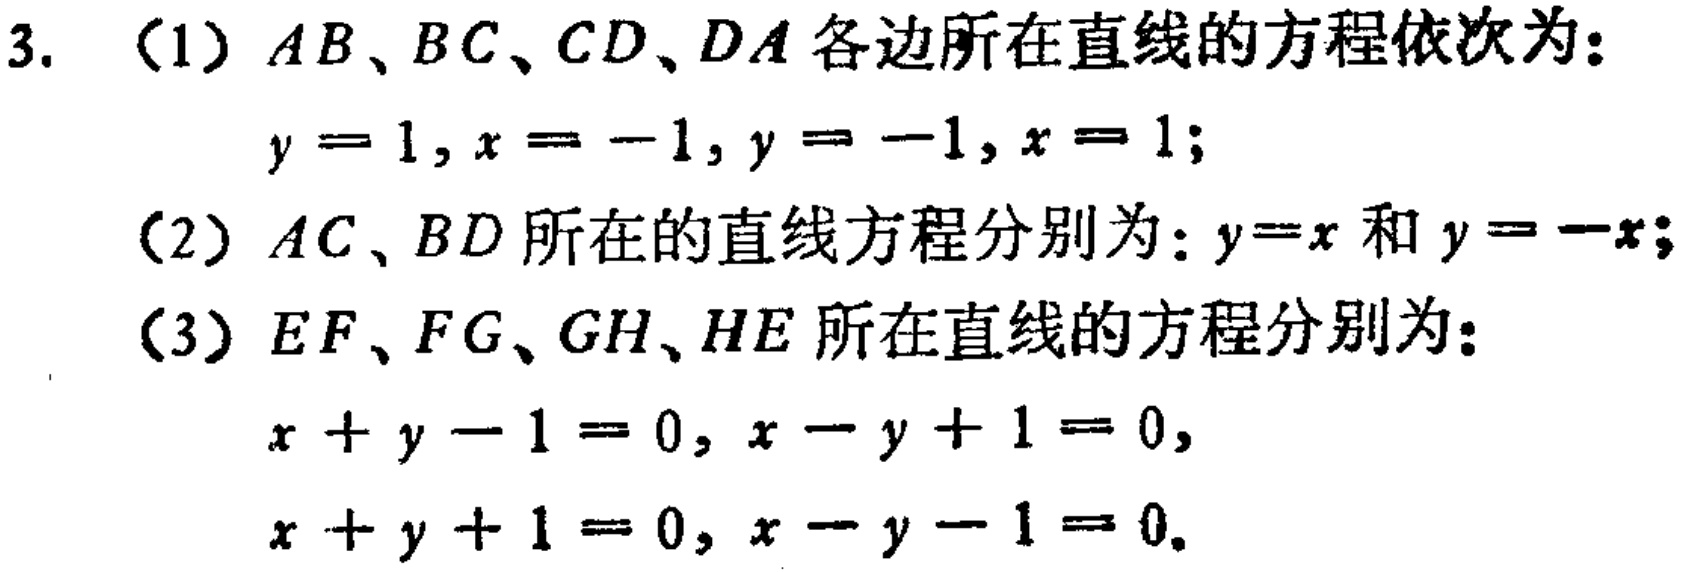
3. （1）$AB、BC、CD、DA$各边所在直线的方程依次为：
   \(y = 1, x = -1, y = -1, x = 1\);
（2）\(AC、BD\)所在的直线方程分别为：\(y=x\)和\(y = -x\);
（3）\(EF、FG、GH、HE\)所在直线的方程分别为：
   \(x + y - 1 = 0, x - y + 1 = 0,\)
   \(x + y + 1 = 0, x - y - 1 = 0.\)